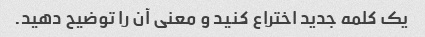
یک کلمه جدید اختراع کنید و معنی آن را توضیح دهید.